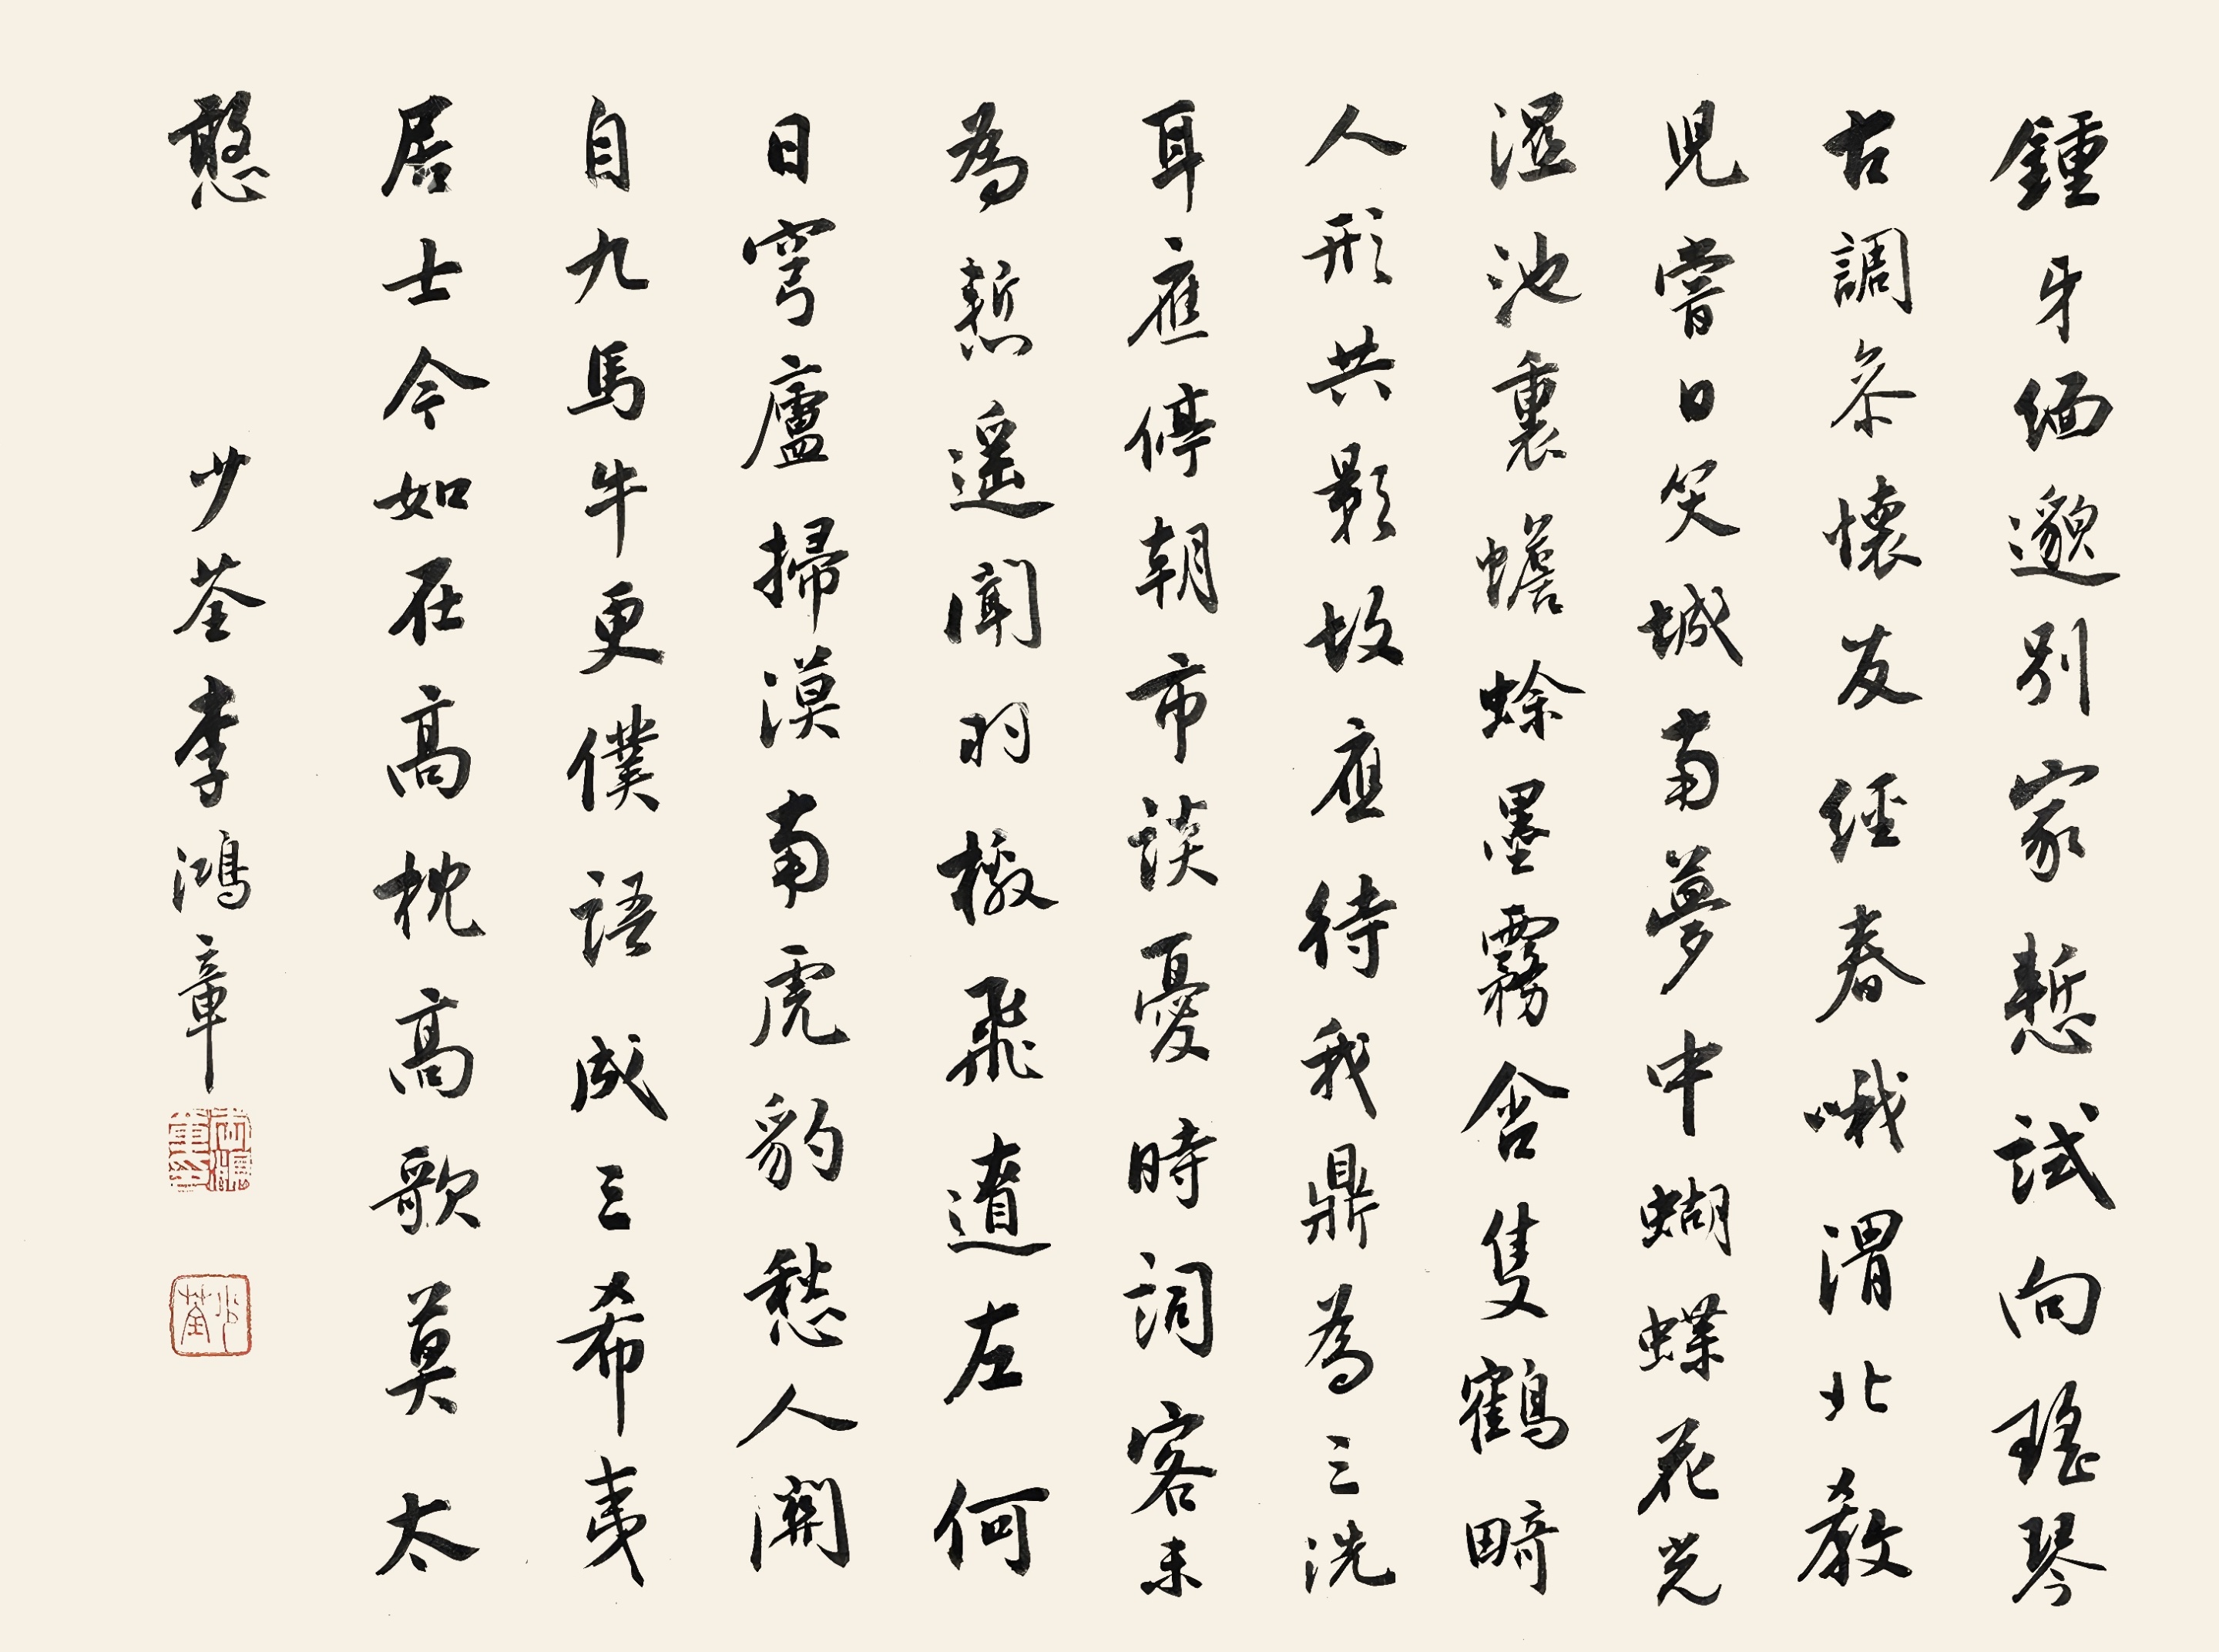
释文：钟牙缅邈别家惭，试向瑶琴古调参。怀友经春哦渭北，教儿当日笑城南。梦中蝴蝶花光湿，池里蟾蜍墨雾含。只鹤畸人形共影，故应待我鼎为三。洗耳应停朝市谈，忧时词容患为态。遇闻羽檄飞远左，何日穹庐扫漠南。虎豹愁人关自九，马牛更仆语成三。希夷居士今如在，高枕高歌莫太憨。少荃李鸿章。